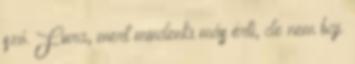
szó. Fura, mert mindenki más érti, de nem baj.